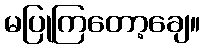
မပြုကြတော့ချေ။